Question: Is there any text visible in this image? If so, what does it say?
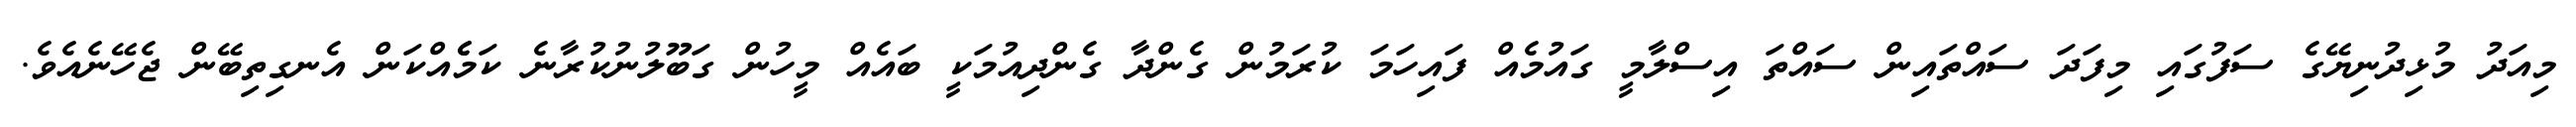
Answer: މިއަދު މުޅިދުނިޔޭގެ ސަފުގައި މިފަދަ ސައްތައިން ސައްތަ އިސްލާމީ ގައުމެއް ފައިހަމަ ކުރަމުން ގެންދާ ގެންދިއުމަކީ ބައެއް މީހުން ގަބޫލުނުކުރާނެ ކަމެެއްކަން އެނގިތިބޭން ޖެހޭނެއެވެ.